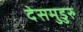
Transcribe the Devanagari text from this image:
देसमुडुरु